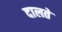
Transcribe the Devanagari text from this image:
दालते